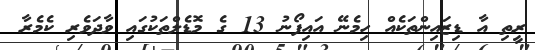
ރީތި އާ ޑިޒައިންތަކެއް ހިމެނޭ އައިފޯނު 13 ގެ މޮޑެލްތަކުގައި ވާދަވެރި ކެމެރާ